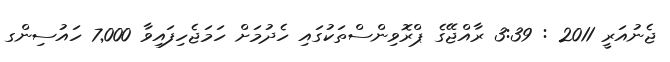
ޖެނުއަރީ 2011 : 3:39 ރާއްޖޭގެ ޕްރޮވިންސްތަކުގައި ހެދުމަށް ހަމަޖެހިފައިވާ 7